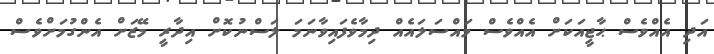
އަދި އެއްވެސް ޙާޖީއަކަށް އެއްވެސް މައްސަލައެއް ދިމާވެފައިވާނަމަ ލަސްނުކޮށް އިދާރީ މޭޒަށް އެންގުމަށްވެސް